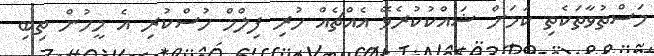
މަސްތުވާތަކެތި ކަމަށް ޝައްކުކުރެވޭ އެއްޗެއް ހުރި ފިލްމް ހުސްކުރި އެ މީހުން ތިބި